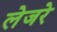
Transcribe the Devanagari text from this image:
लेजरे